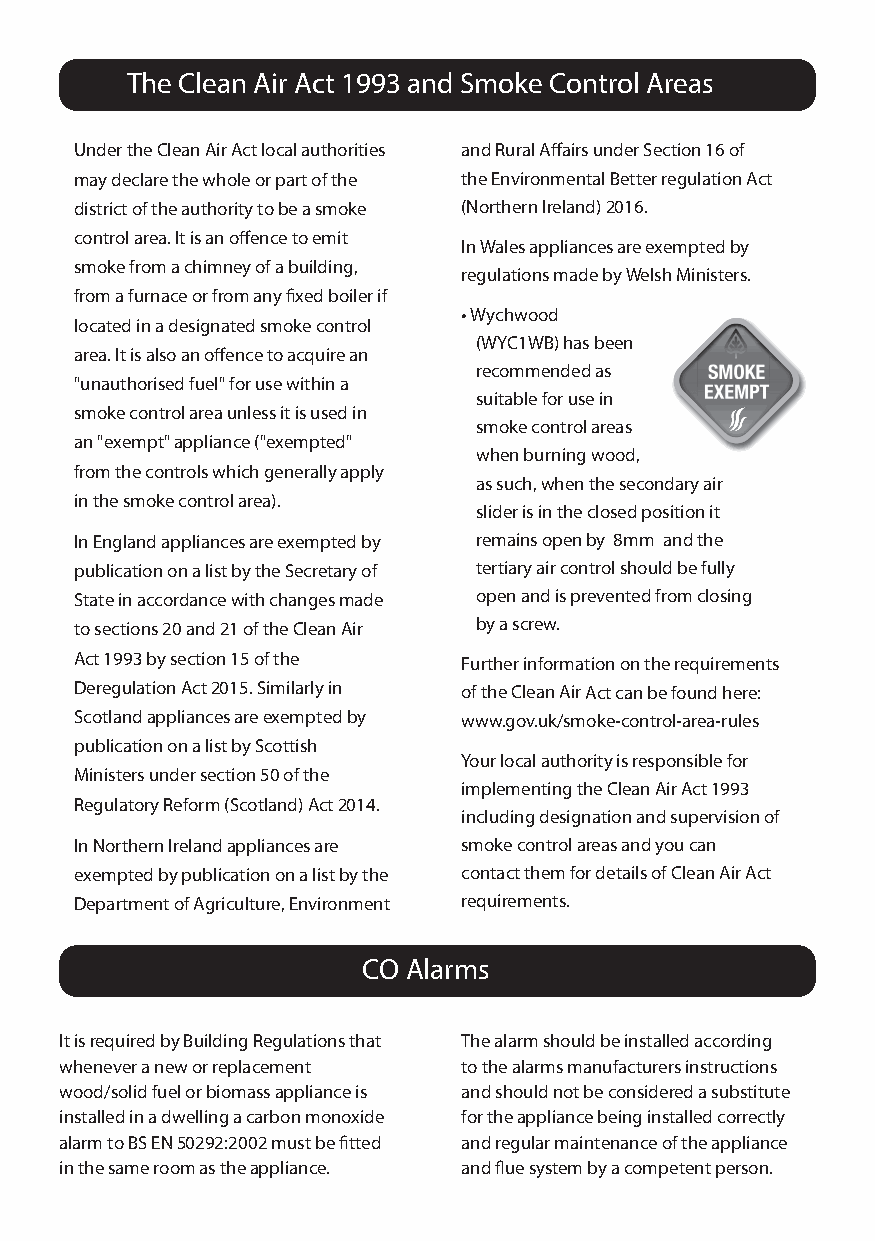
The Clean Air Act 1993 and Smoke Control Areas
 Under the Clean Air Act local authorities and Rural Affairs under Section 16 of
 may declare the whole or part of the the Environmental Better regulation Act
 district of the authority to be a smoke (Northern Ireland) 2016.
 control area. It is an offence to emit
 In Wales appliances are exempted by
 smoke from a chimney of a building,
 regulations made by Welsh Ministers.
 from a furnace or from any fixed boiler if
 • Wychwood
 located in a designated smoke control
 (WYC1WB) has been
 area. It is also an offence to acquire an
 recommended as  SMOKE
 "unauthorised fuel" for use within a
 EXEMPT
 suitable for use in
 smoke control area unless it is used in
 smoke control areas
 an "exempt" appliance ("exempted"
 when burning wood,
 from the controls which generally apply
 as such, when the secondary air
 in the smoke control area).
 slider is in the closed position it
 In England appliances are exempted by remains open by 8mm and the
 publication on a list by the Secretary of tertiary air control should be fully
 State in accordance with changes made open and is prevented from closing
 to sections 20 and 21 of the Clean Air by a screw.
 Act 1993 by section 15 of the Further information on the requirements
 Deregulation Act 2015. Similarly in of the Clean Air Act can be found here:
 Scotland appliances are exempted by www.gov.uk/smoke-control-area-rules
 publication on a list by Scottish
 Your local authority is responsible for
 Ministers under section 50 of the
 implementing the Clean Air Act 1993
 Regulatory Reform (Scotland) Act 2014.
 including designation and supervision of
 In Northern Ireland appliances are smoke control areas and you can
 exempted by publication on a list by the contact them for details of Clean Air Act
 Department of Agriculture, Environment requirements.
 CO Alarms
 It is required by Building Regulations that The alarm should be installed according
 whenever a new or replacement to the alarms manufacturers instructions
 wood/solid fuel or biomass appliance is and should not be considered a substitute
 installed in a dwelling a carbon monoxide for the appliance being installed correctly
 alarm to BS EN 50292:2002 must be fitted and regular maintenance of the appliance
 in the same room as the appliance. and flue system by a competent person.